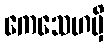
ကေသေဟမှိ